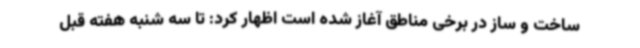
ساخت و ساز در برخی مناطق آغاز شده است اظهار کرد: تا سه شنبه هفته قبل